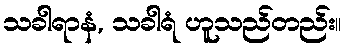
သခါရာနံ, သခါရံ ဟူသည်တည်း။